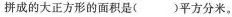
拼成的大正方形的面积是()平方分米。